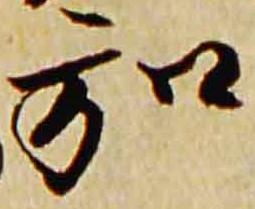
弘